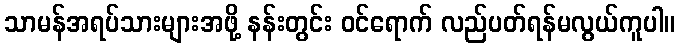
သာမန်အရပ်သားများအဖို့ နန်းတွင်း ဝင်ရောက် လည်ပတ်ရန်မလွယ်ကူပါ။